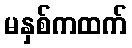
မနှစ်ကထက်